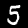
Digit: 5